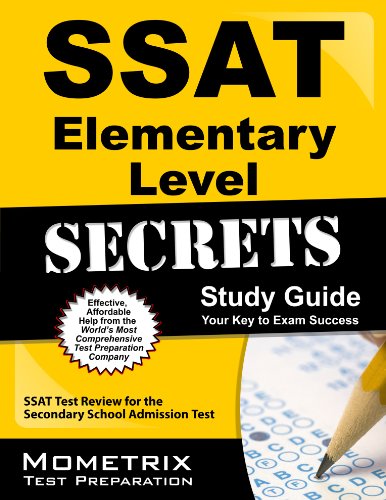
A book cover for SSAT Elementary Level Secrets Study Guide: SSAT Test Review for the Secondary School Admission Test (Secrets (Mometrix)); SSAT Exam Secrets Test Prep Team; Test Preparation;